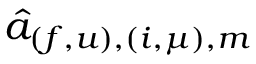
\hat { a } _ { ( f , u ) , ( i , \mu ) , m }